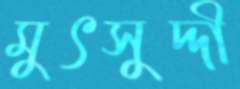
মুৎসুদ্দী